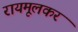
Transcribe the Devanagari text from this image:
रायमूलकर